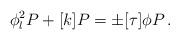
LaTeX: \begin{align*} \phi_l^2 P + [k]P = \pm [\tau] \phi P \, .\end{align*}